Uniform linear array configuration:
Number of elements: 32
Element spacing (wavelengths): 0.5
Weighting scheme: binomial
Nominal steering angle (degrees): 60
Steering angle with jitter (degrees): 59.584
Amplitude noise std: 0.05
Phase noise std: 0.05

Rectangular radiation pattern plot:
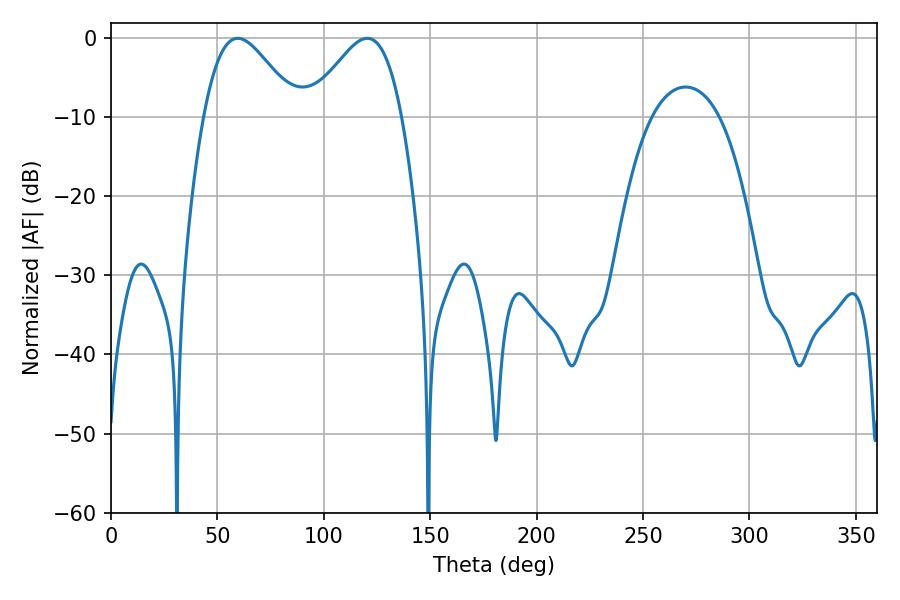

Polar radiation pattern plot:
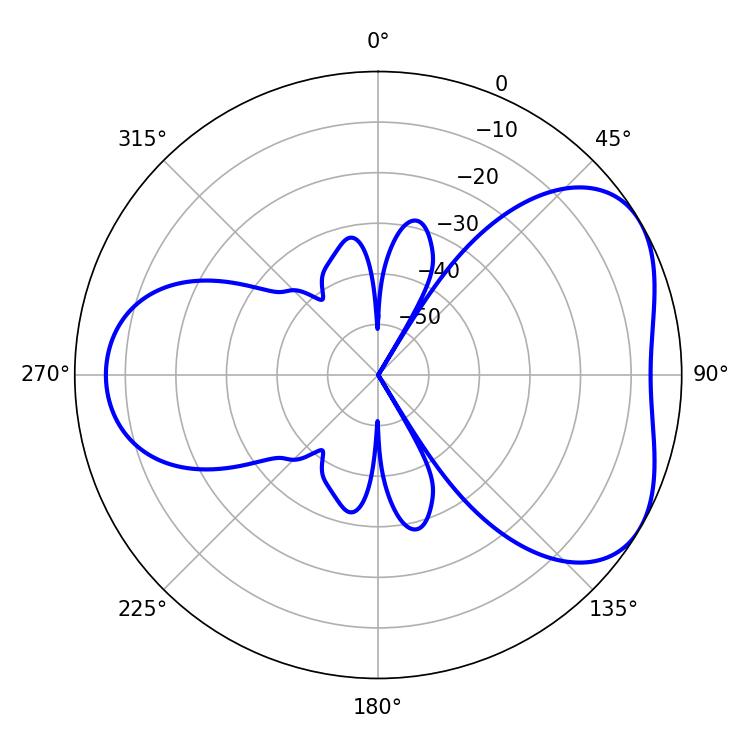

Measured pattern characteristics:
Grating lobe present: FALSE
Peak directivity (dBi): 4.673
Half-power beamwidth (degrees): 23.22
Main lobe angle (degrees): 59.58